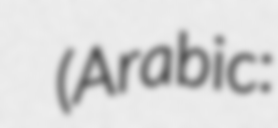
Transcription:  (Arabic: